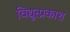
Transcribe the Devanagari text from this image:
विद्युत्प्रकाश